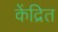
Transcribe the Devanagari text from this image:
केंद्रित